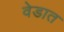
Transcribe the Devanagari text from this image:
वेडात